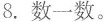
8.数一数。